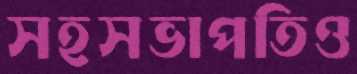
সহসভাপতিও